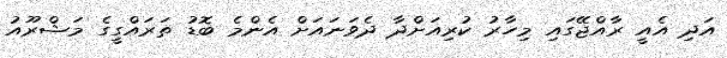
އަދި އެއީ ރާއްޖޭގައި މިހާރު ކުރިއަށްދާ ދެވަނައަށް އެންމެ ބޮޑު ތަރައްގީގެ މަޝްރޫއު